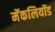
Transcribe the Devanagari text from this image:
मॅकलियॉड